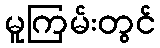
မူကြမ်းတွင်